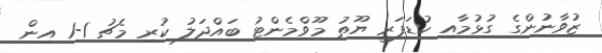
ޒުވާނުންގެ ގުޅުމާއި ކުޑަފަރީ ޔޫތު މޫވްމެންޓު ބައްދަލު ކުރި މެޗު 1-1 އިން